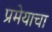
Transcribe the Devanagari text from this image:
प्रमेयाचा